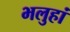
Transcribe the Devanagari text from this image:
भलुहां